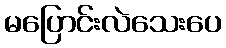
မပြောင်းလဲသေးပေ